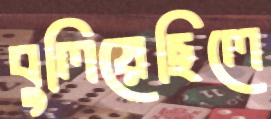
বুলিয়েছিলে